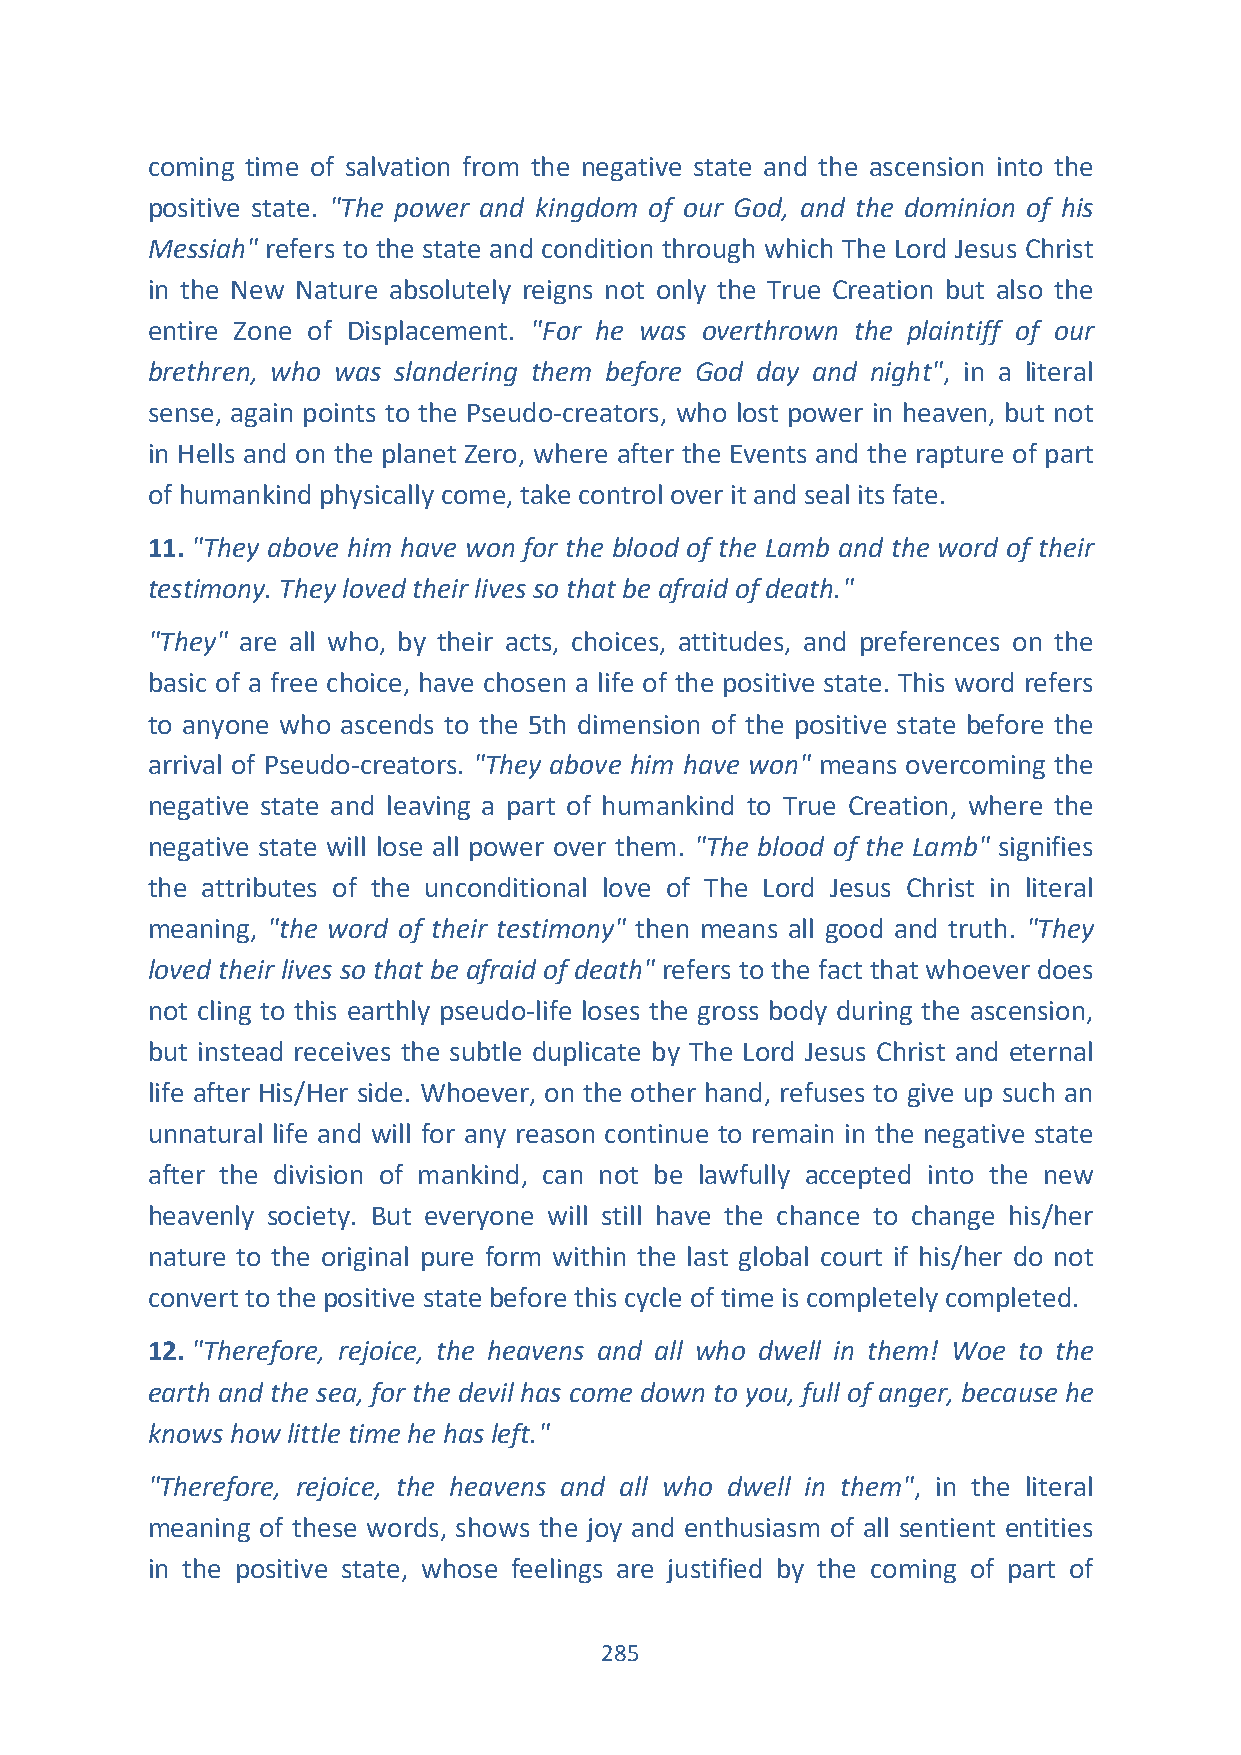
coming time of salvation from the negative state and the ascension into the
 positive state. "The power and kingdom of our God, and the dominion of his
 Messiah" refers to the state and condition through which The Lord Jesus Christ
 in the New Nature absolutely reigns not only the True Creation but also the
 entire Zone of Displacement. "For he was overthrown the plaintiff of our
 brethren, who was slandering them before God day and night", in a literal
 sense, again points to the Pseudo-creators, who lost power in heaven, but not
 in Hells and on the planet Zero, where after the Events and the rapture of part
 of humankind physically come, take control over it and seal its fate.
 11. "They above him have won for the blood of the Lamb and the word of their
 testimony. They loved their lives so that be afraid of death."
 "They" are all who, by their acts, choices, attitudes, and preferences on the
 basic of a free choice, have chosen a life of the positive state. This word refers
 to anyone who ascends to the 5th dimension of the positive state before the
 arrival of Pseudo-creators. "They above him have won" means overcoming the
 negative state and leaving a part of humankind to True Creation, where the
 negative state will lose all power over them. "The blood of the Lamb" signifies
 the attributes of the unconditional love of The Lord Jesus Christ in literal
 meaning, "the word of their testimony" then means all good and truth. "They
 loved their lives so that be afraid of death" refers to the fact that whoever does
 not cling to this earthly pseudo-life loses the gross body during the ascension,
 but instead receives the subtle duplicate by The Lord Jesus Christ and eternal
 life after His/Her side. Whoever, on the other hand, refuses to give up such an
 unnatural life and will for any reason continue to remain in the negative state
 after the division of mankind, can not be lawfully accepted into the new
 heavenly society. But everyone will still have the chance to change his/her
 nature to the original pure form within the last global court if his/her do not
 convert to the positive state before this cycle of time is completely completed.
 12. "Therefore, rejoice, the heavens and all who dwell in them! Woe to the
 earth and the sea, for the devil has come down to you, full of anger, because he
 knows how little time he has left."
 "Therefore, rejoice, the heavens and all who dwell in them", in the literal
 meaning of these words, shows the joy and enthusiasm of all sentient entities
 in the positive state, whose feelings are justified by the coming of part of
 285